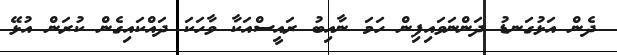
ދެން އަޅުގަނޑު ދަންނަވައިފިން ހަމަ ނާއިބު ރައީސްއަކާ ވާހަކަ ދައްކައިގެން ކުރަން އުޅޭ